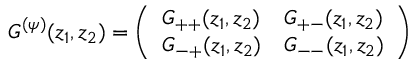
G ^ { ( \psi ) } ( z _ { 1 } , z _ { 2 } ) = \left( \begin{array} { l l } { { G _ { + + } ( z _ { 1 } , z _ { 2 } ) } } & { { G _ { + - } ( z _ { 1 } , z _ { 2 } ) } } \\ { { G _ { - + } ( z _ { 1 } , z _ { 2 } ) } } & { { G _ { -- } ( z _ { 1 } , z _ { 2 } ) } } \end{array} \right)